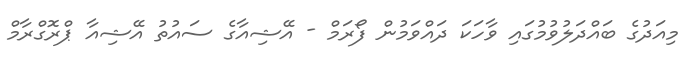
މިއަދުގެ ބައްދަލުވުމުގައި ވާހަކަ ދައްވަމުން ފޯރަމް - އޭޝިއާގެ ސައުތު އޭޝިއާ ޕްރޮގްރާމް